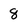
Character: 8